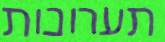
תערוכות